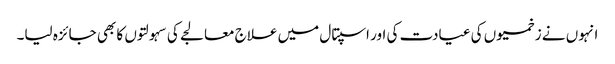
انہوں نے زخمیوں کی عیادت کی اور اسپتال میں علاج معالجے کی سہولتوں کا بھی جائزہ لیا۔